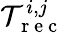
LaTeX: \mathcal{T}_{\mathrm{{~r~e~c~}}}^{i,j}